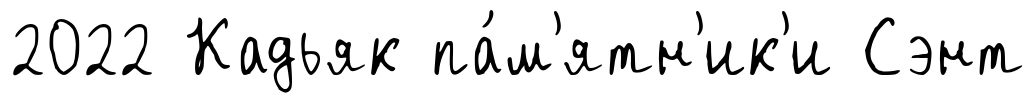
2022 Кадьяк па́м'ятн'ик'и Сэнт